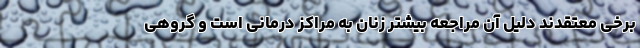
برخی معتقدند دلیل آن مراجعه بیشتر زنان به مراکز درمانی است و گروهی